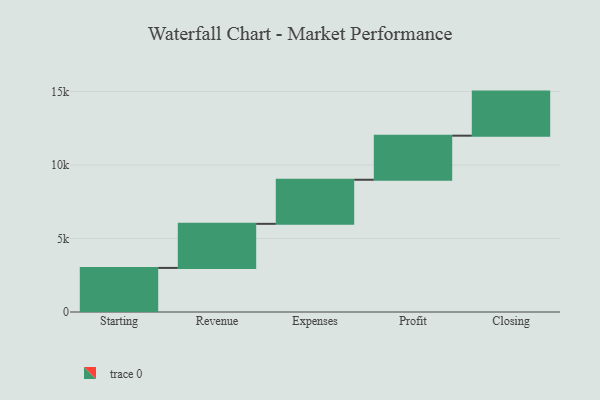
{"axis": {"x": "Step", "y": "Value"}, "legend": [""], "data": [{"x": "Starting", "y": 3000, "type": ""}, {"x": "Revenue", "y": 3000, "type": ""}, {"x": "Expenses", "y": 3000, "type": ""}, {"x": "Profit", "y": 3000, "type": ""}, {"x": "Closing", "y": 3000, "type": ""}]}